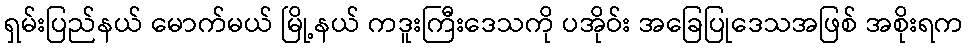
ရှမ်းပြည်နယ် မောက်မယ် မြို့နယ် ကဒူးကြီးဒေသကို ပအိုဝ်း အခြေပြုဒေသအဖြစ် အစိုးရက